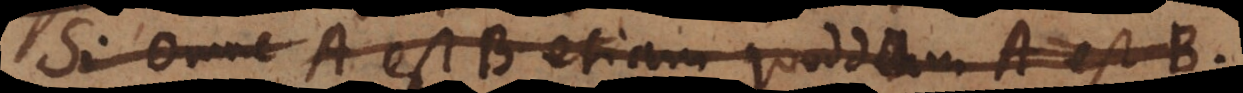
Si omne A est C etiam omne AB est C.